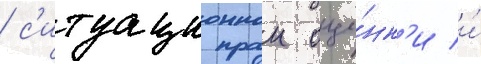
/ с'итуационнои оце́нк'и и́